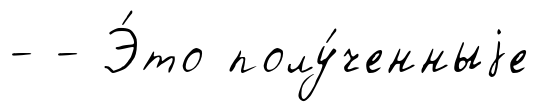
- - Э́то полу́ченныjе